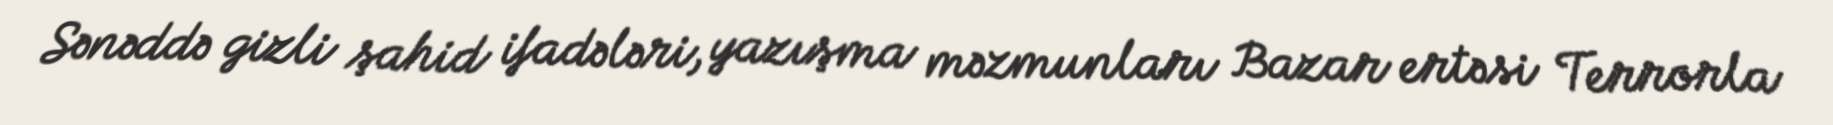
Sənəddə gizli şahid ifadələri, yazışma məzmunları Bazar ertəsi Terrorla